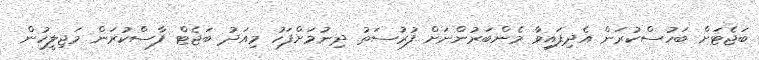
ބަޖެޓަށް ބަހުސްކުރަން އެދިފައިވާ މެންބަރުންނަށް ފުރުސަތު ދިނުމަށްފަހު މިއަދު ބަޖެޓް ފާސްކުރަން މަޖިލީހުން